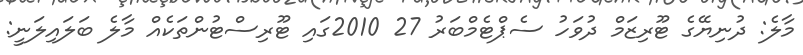
މާލެ: ދުނިޔޭގެ ޓޫރިޒަމް ދުވަހު ސެޕްޓެމްބަރު 27 2010ގައި ޓޫރިސްޓުންތަކެއް މާލެ ބަލައިލަނީ: